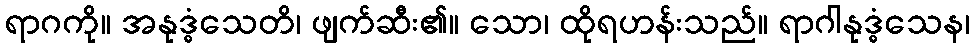
ရာဂကို။ အနုဒ္ဓံသေတိ၊ ဖျက်ဆီး၏။ သော၊ ထိုရဟန်းသည်။ ရာဂါနုဒ္ဓံသေန၊